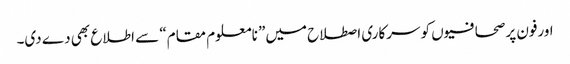
اورفون پر صحافیوں کو سرکاری اصطلاح میں” نامعلوم مقام“ سے اطلاع بھی دے دی۔